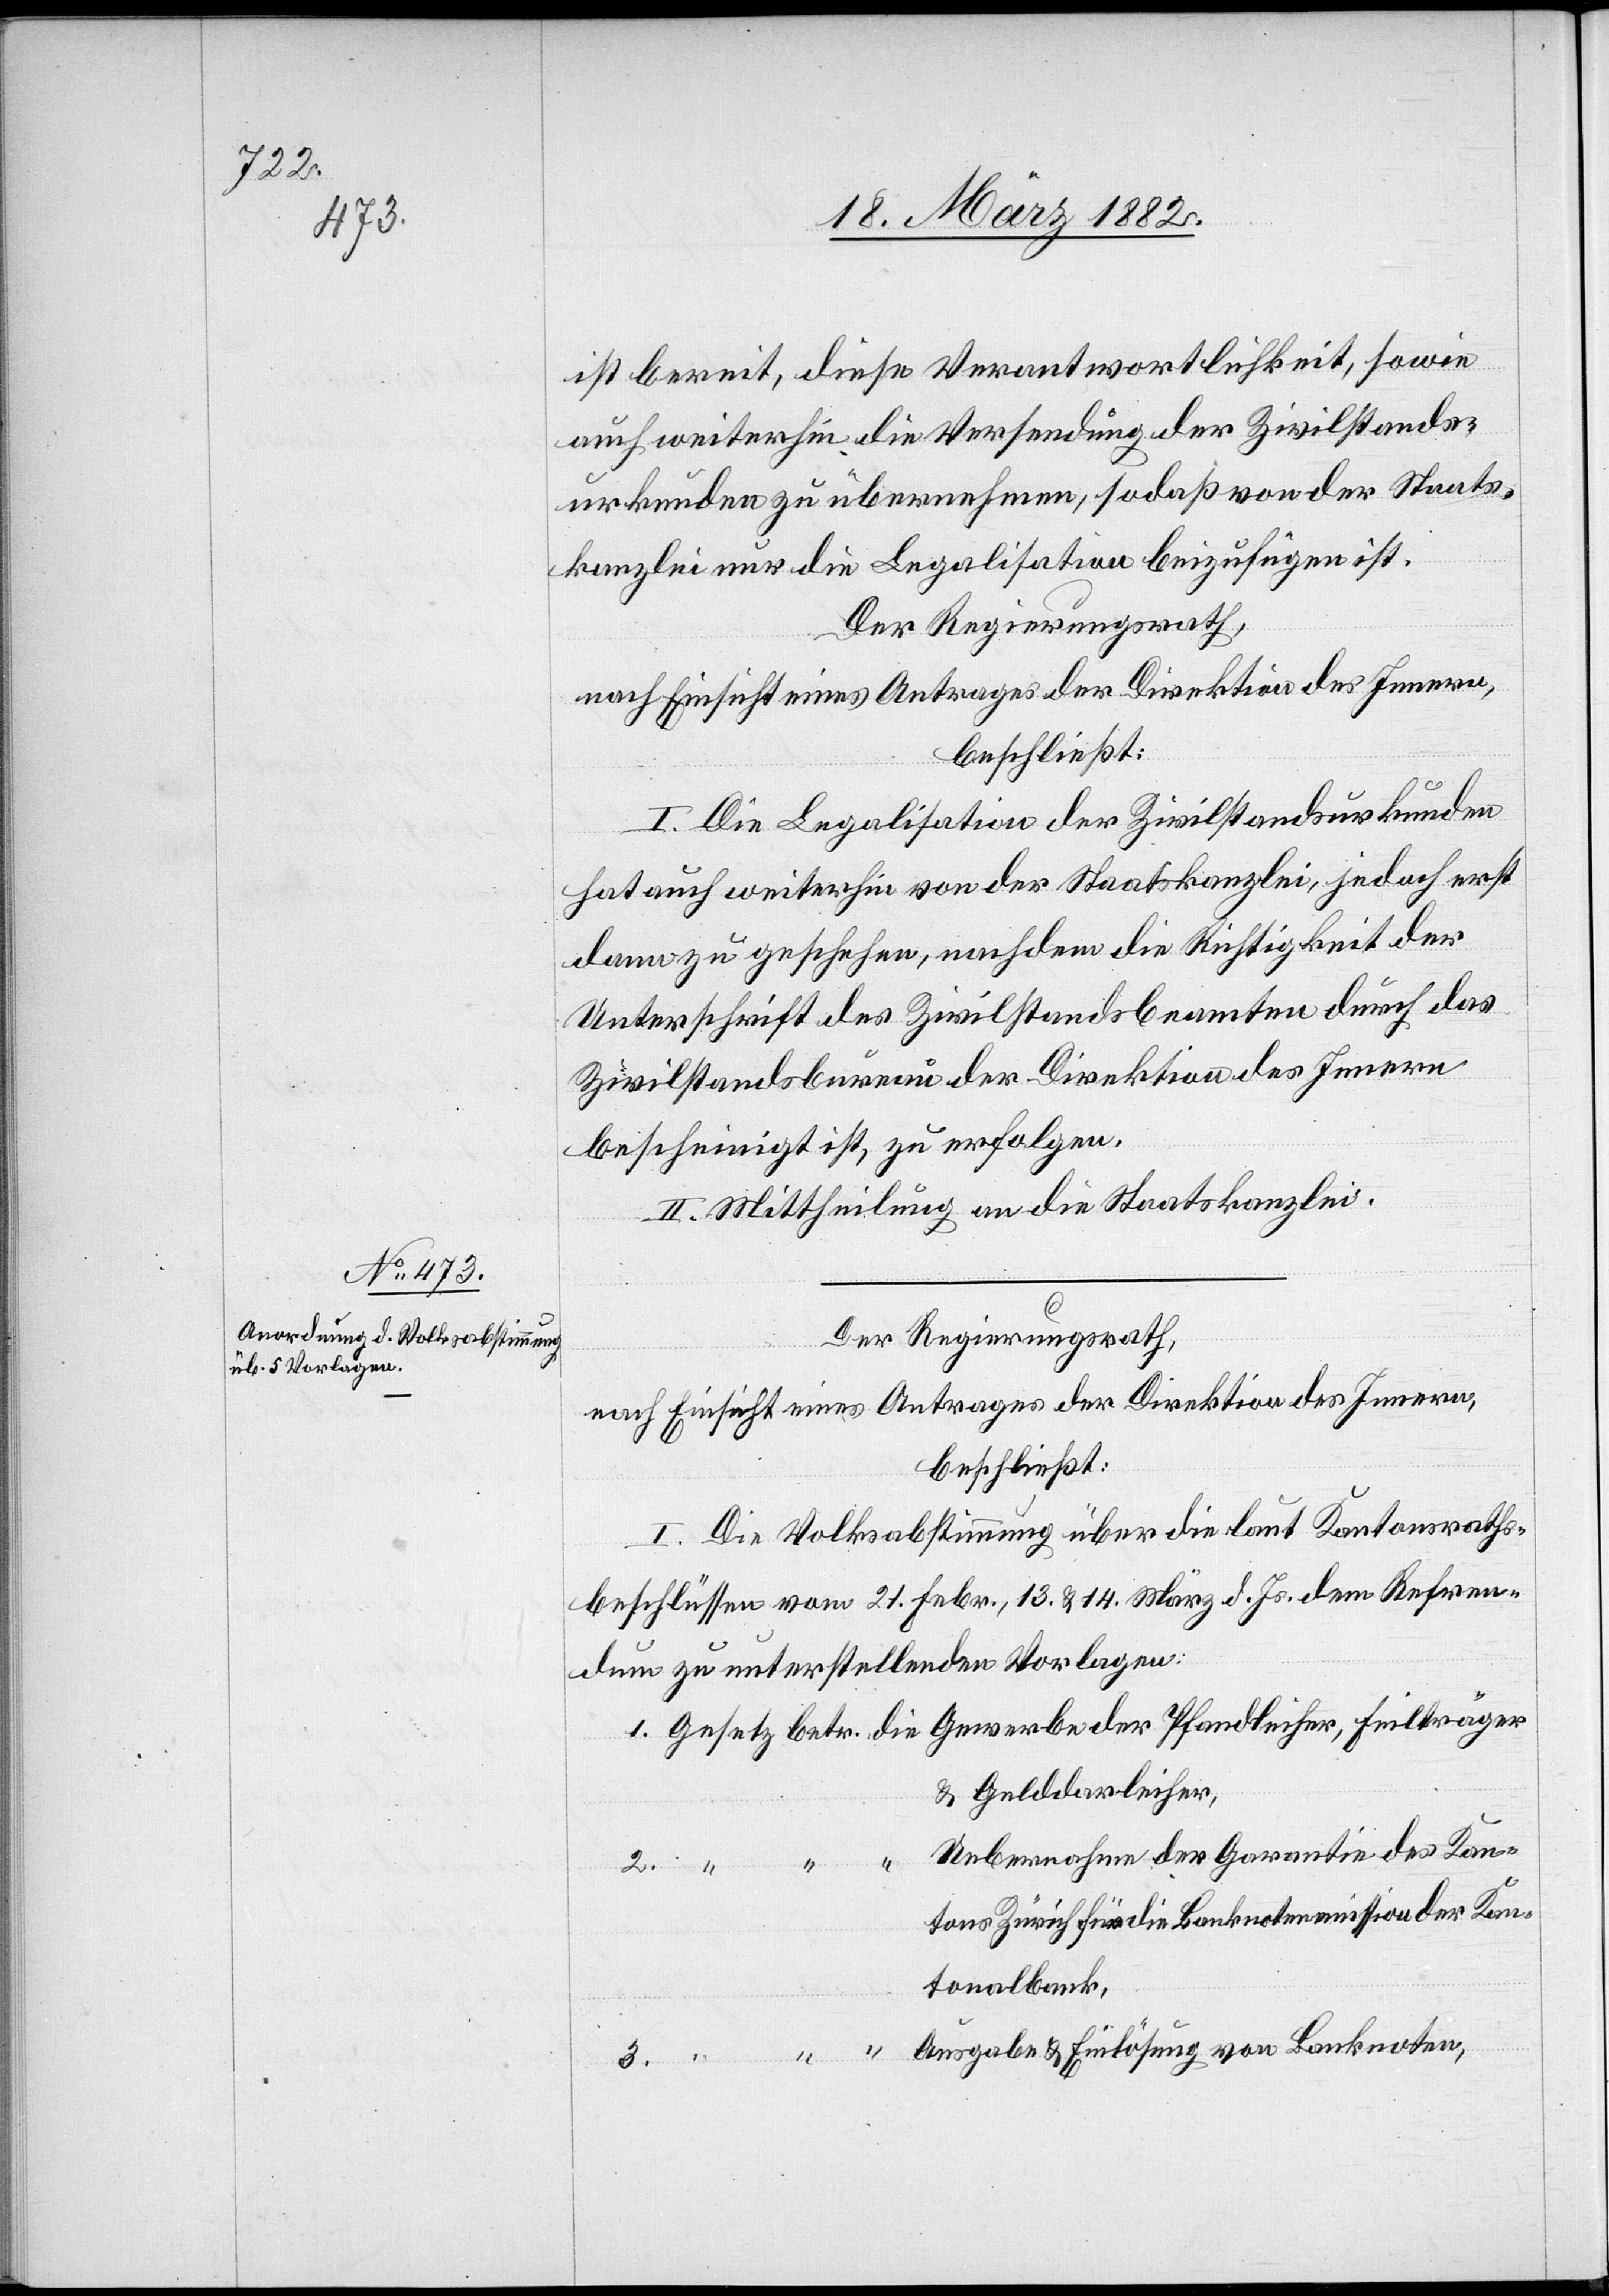
ist bereit, diese Verantwortlichkeit, sowie
auch weiterhin die Versendung der Zivilstands¬
urkunden zu übernehmen, sodaß von der Staats¬
kanzlei nur die Legalisation beizufügen ist.
Der Regierungsrath,
nach Einsicht eines Antrages der Direktion des Innern,
beschließt:
I. Die Legalisation der Zivilstandsurkunden
hat auch weiterhin von der Staatskanzlei, jedoch erst
dann zu geschehen, nachdem die Richtigkeit der
Unterschrift des Zivilstandsbeamten durch das
Zivilstandsbureau der Direktion des Innern
bescheinigt ist, zu erfolgen.
II. Mittheilung an die Staatskanzlei.
Der Regierungsrath,
nach Einsicht eines Antrages der Direktion des Innern,
beschließt:
I. Die Volksabstimmung über die laut Kantonraths¬
beschlüssen vom 21. Febr., 13 & 14. März d. Js. dem Referen¬
dum zu unterstellende Vorlage:
1. Gesetz betr. die Gewerbe der Pfandleiher, Feilträger
& Gelddarleiher,
Uebernahme der Garantie des Kan¬
tons Zürich für die Banknotenmission 	 der Kan¬
tonalbank,
3.
“ “ Ausgaben & Einlösung von Banknoten,
2.